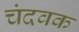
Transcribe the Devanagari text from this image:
चंदवक